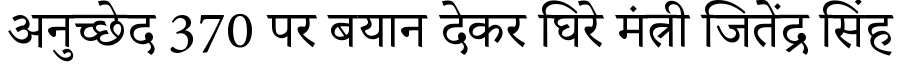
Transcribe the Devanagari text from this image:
अनुच्छेद 370 पर बयान देकर घिरे मंत्री जितेंद्र सिंह